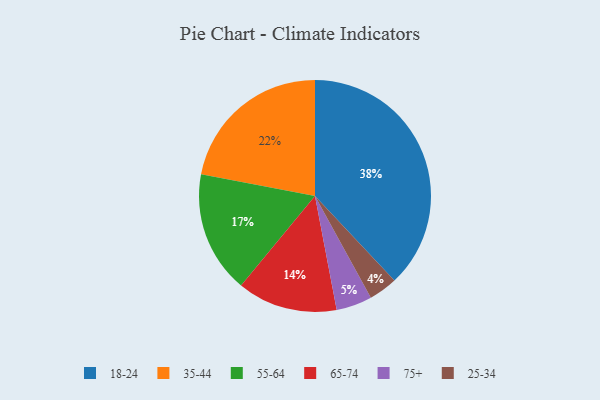
{"axis": {"x": "Category", "y": "Percentage"}, "legend": ["18-24", "25-34", "35-44", "55-64", "65-74", "75+"], "data": [{"x": "75+", "y": 5, "type": "75+"}, {"x": "65-74", "y": 14, "type": "65-74"}, {"x": "35-44", "y": 22, "type": "35-44"}, {"x": "18-24", "y": 38, "type": "18-24"}, {"x": "25-34", "y": 4, "type": "25-34"}, {"x": "55-64", "y": 17, "type": "55-64"}]}